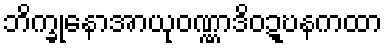
ဘိက္ခုနောအာယုဝဏ္ဏာဒိဝဍ္ဎနကထာ